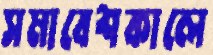
সমাবেশকালে